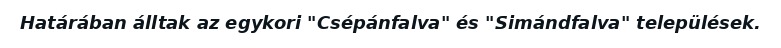
Határában álltak az egykori "Csépánfalva" és "Simándfalva" települések.